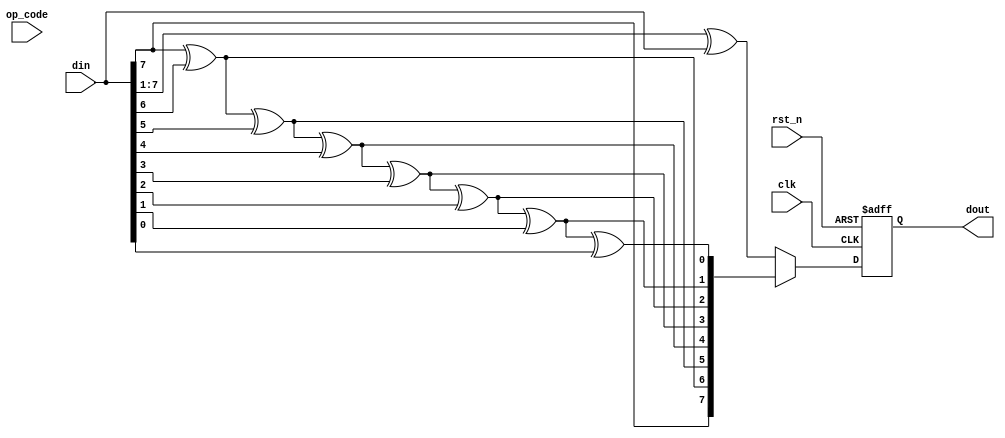
module binary_gray #(parameter DATA_W = 8)(
	input						clk		,
	input						rst_n	,
	
	input						op_code	,//0：b-->g  1：g-->b
	input		[DATA_W-1:0]	din		,
	output	reg	[DATA_W-1:0]	dout	
);

    function [DATA_W-1:0] B_G(input op_code,input [DATA_W-1:0] data);
        integer i;
        begin 
            if(~op_code)begin 		//二进制转格雷码
               B_G = ( data >>1)^data;
            end 
            else if(op_code)begin 	//格雷码转二进制
                B_G[DATA_W-1] = data[DATA_W-1];
                for(i = DATA_W-2;i >= 0; i = i - 1)begin 
                    B_G[i] = B_G[i+1] ^ data[i];
                end 
            end 
         end 
    endfunction 

    always @(posedge clk or negedge rst_n)begin
        if(~rst_n)begin
            dout <= 0;
        end
        else begin
            dout <= B_G(op,din);
        end
    end

endmodule